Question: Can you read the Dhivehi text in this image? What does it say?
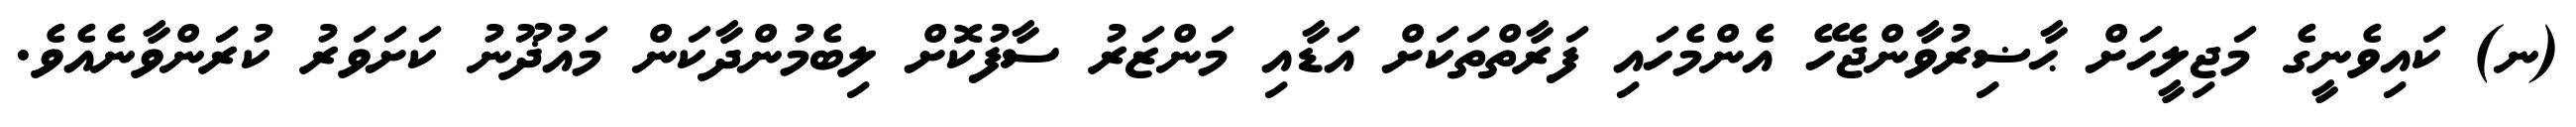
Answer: (ނ) ކައިވެނީގެ މަޖިލީހަށް ޙާޟިރުވާންޖެހޭ އެންމެހައި ފަރާތްތަކަށް އަޑާއި މަންޒަރު ސާފުކޮށް ލިބެމުންދާކަން މައުޛޫނު ކަށަވަރު ކުރަންވާނެއެވެ.